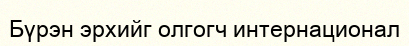
Бүрэн эрхийг олгогч интернационал